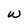
Character: w